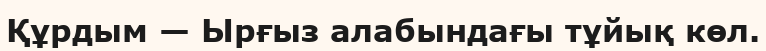
Құрдым — Ырғыз алабындағы тұйық көл.